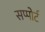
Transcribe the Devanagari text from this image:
सप्पोर्ट